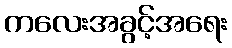
ကလေးအခွင့်အရေး